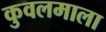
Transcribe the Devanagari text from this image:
कुवलमाला